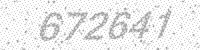
Solution: 672641